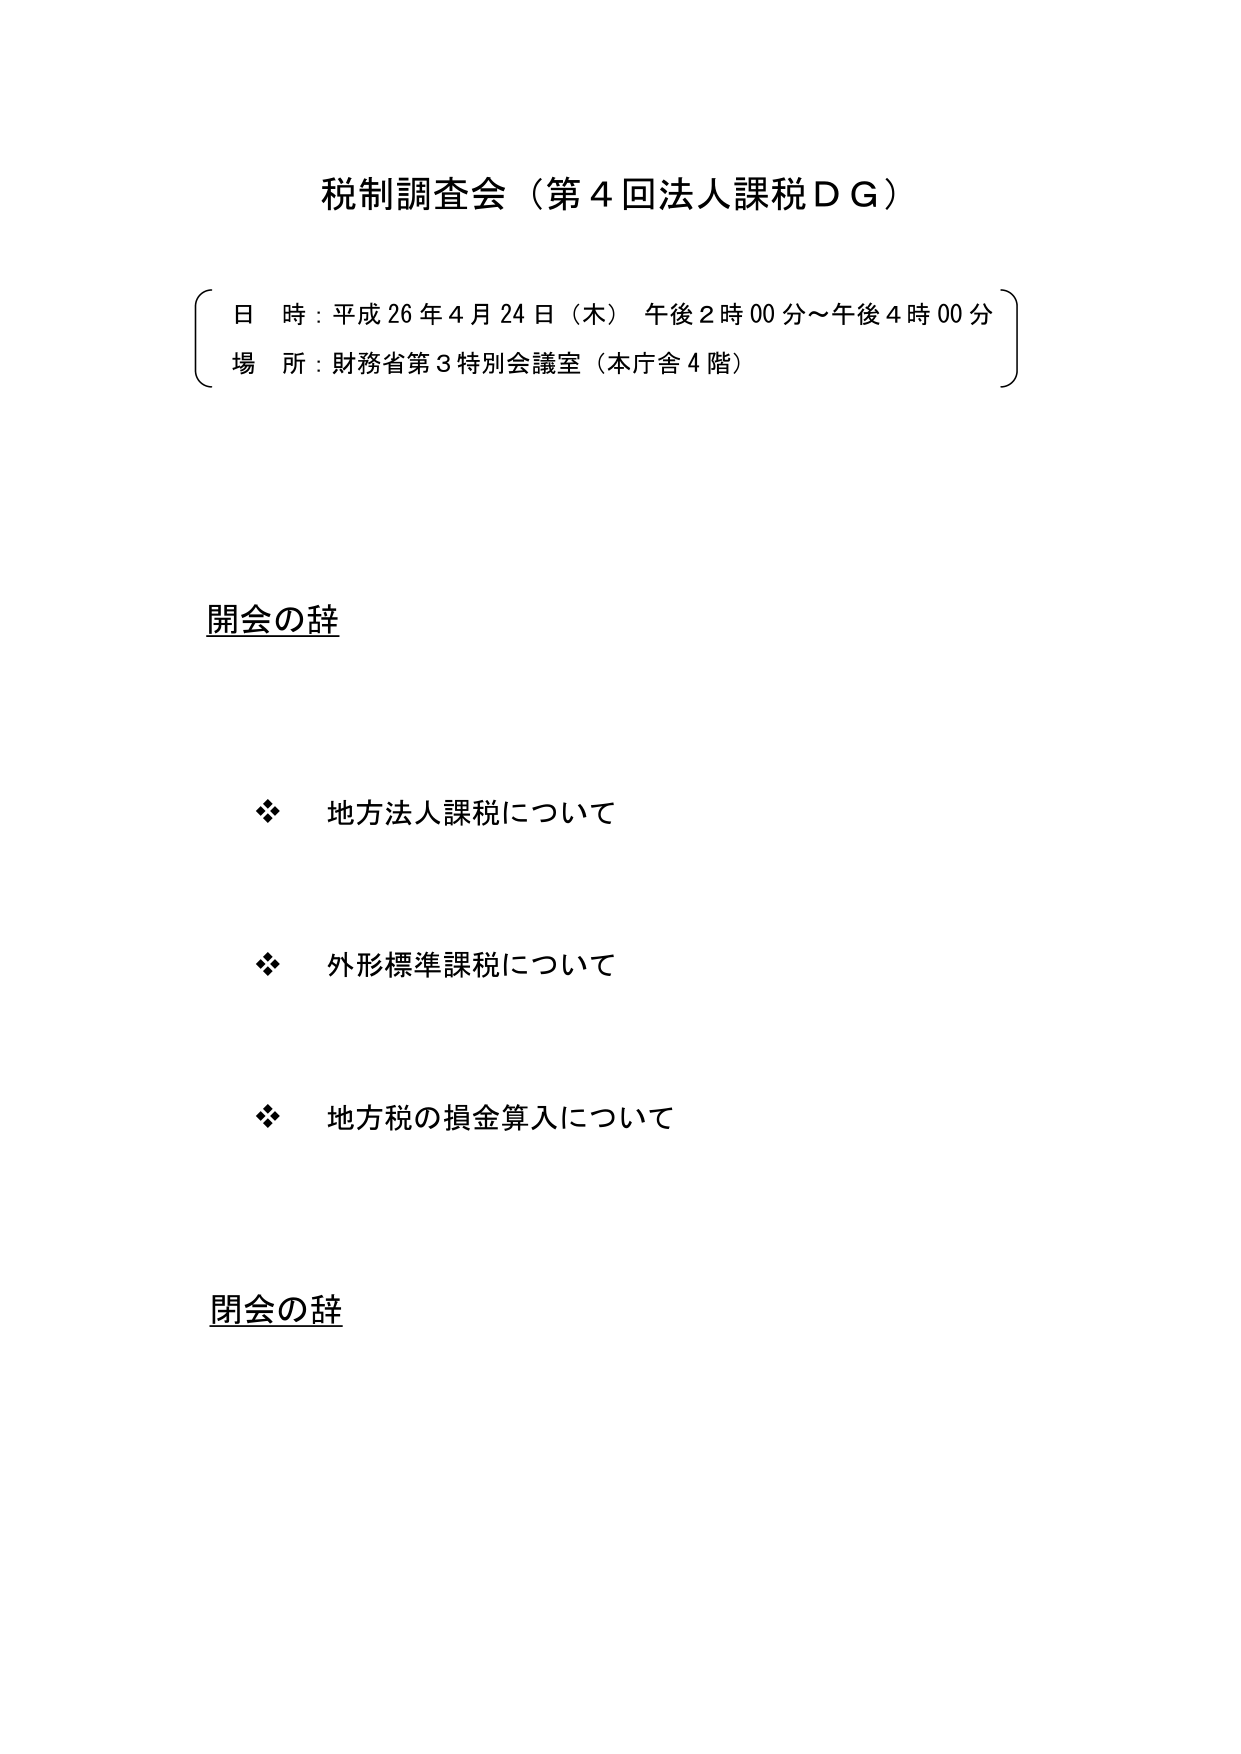
税制調査会（第４回法人課税ＤＧ）

日 時：平成26年4月24日（木） 午後2時00分～午後4時00分
場 所：財務省第3特別会議室（本庁舎4階）

開会の辞

　　❖ 地方法人課税について

　　❖ 外形標準課税について

　　❖ 地方税の損金算入について

閉会の辞